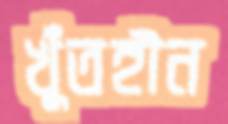
খুঁতহীন